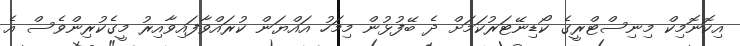
އިކޮނޮމިކް މިނިސްޓްރީގެ ކޯޑިނޭޓަރުކަމަށް ދެ ބޭފުޅުން މިމަހު އައްޔަން ކުރައްވާފައިވާއިރު މީގެކުރިންވެސް އެ